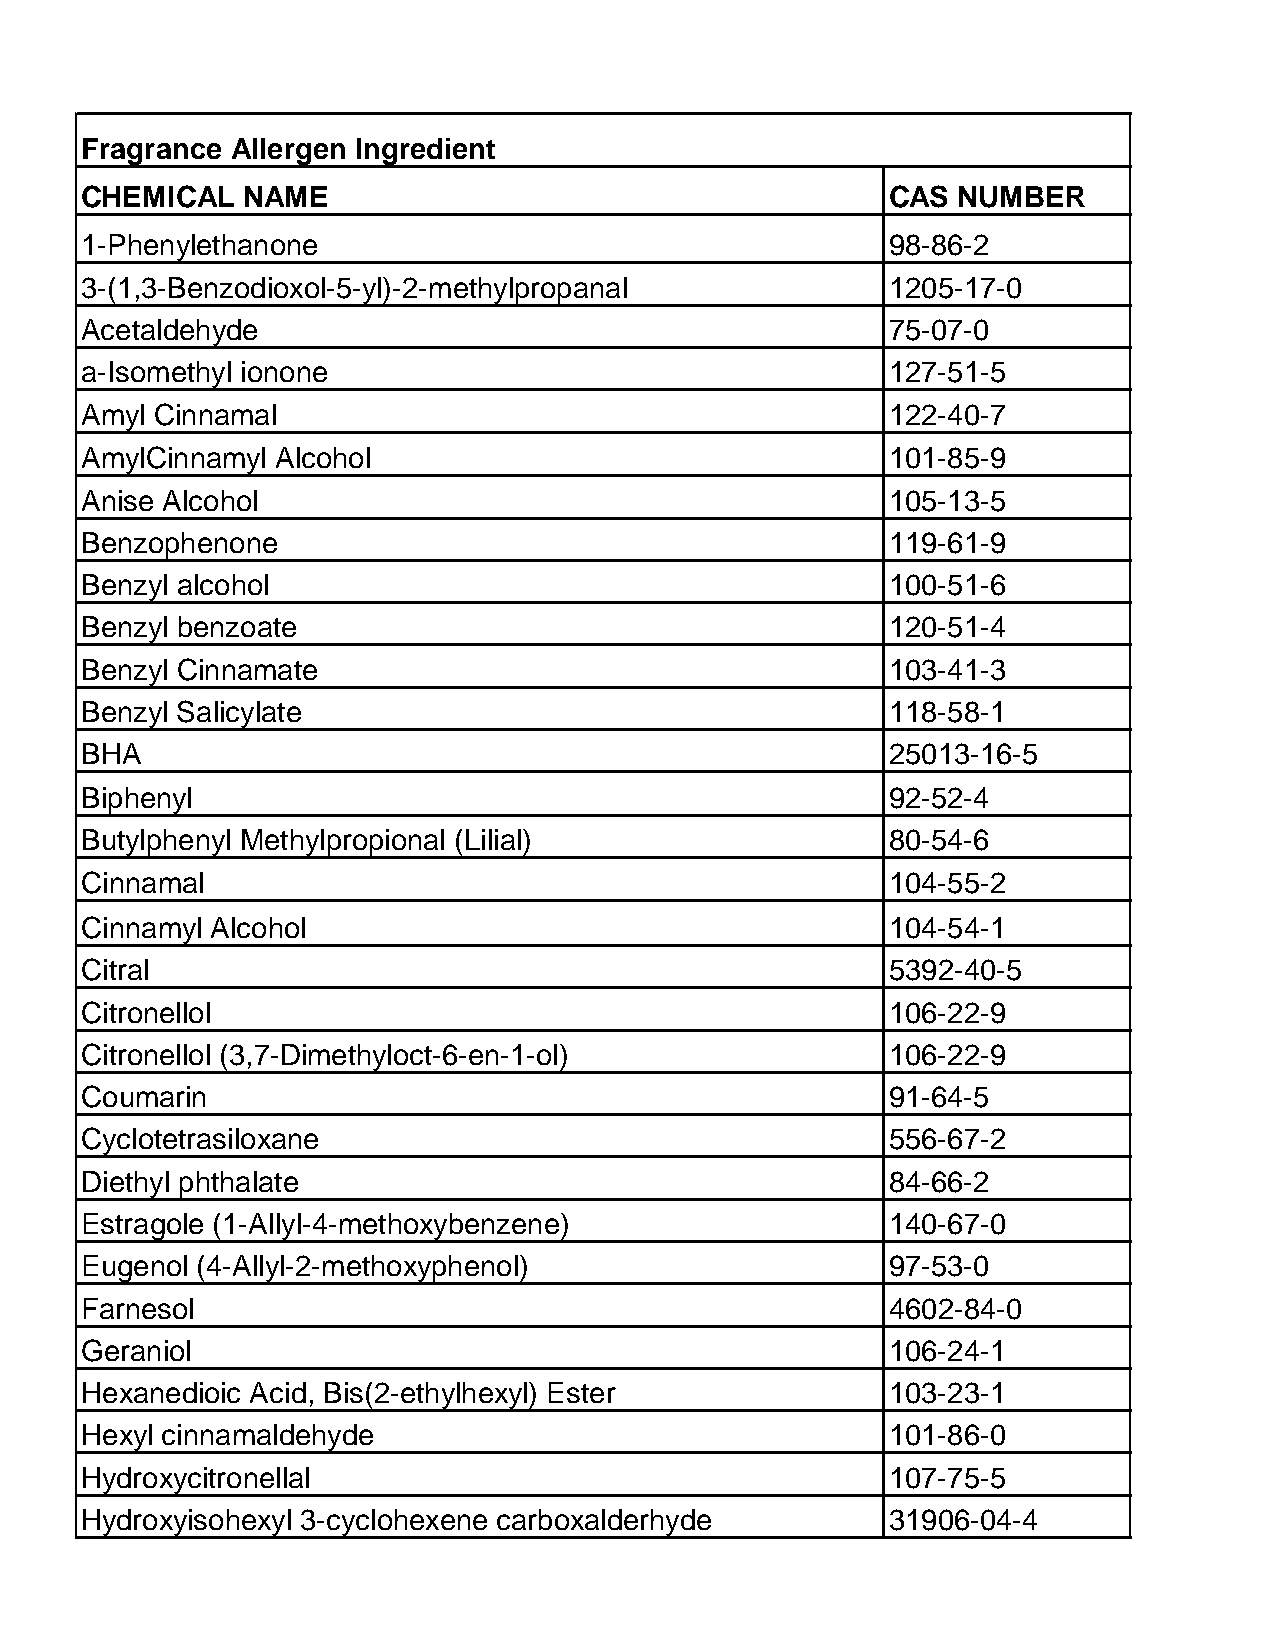
Fragrance Allergen Ingredient
 CHEMICAL   NAME                                       CAS NUMBER
 1-Phenylethanone                                      98-86-2
 3-(1,3-Benzodioxol-5-yl)-2-methylpropanal             1205-17-0
 Acetaldehyde                                          75-07-0
 a-Isomethyl ionone                                    127-51-5
 Amyl Cinnamal                                         122-40-7
 AmylCinnamyl Alcohol                                  101-85-9
 Anise Alcohol                                         105-13-5
 Benzophenone                                          119-61-9
 Benzyl alcohol                                        100-51-6
 Benzyl benzoate                                       120-51-4
 Benzyl Cinnamate                                      103-41-3
 Benzyl Salicylate                                     118-58-1
 BHA                                                   25013-16-5
 Biphenyl                                              92-52-4
 Butylphenyl Methylpropional (Lilial)                  80-54-6
 Cinnamal                                              104-55-2
 Cinnamyl Alcohol                                      104-54-1
 Citral                                                5392-40-5
 Citronellol                                           106-22-9
 Citronellol (3,7-Dimethyloct-6-en-1-ol)               106-22-9
 Coumarin                                              91-64-5
 Cyclotetrasiloxane                                    556-67-2
 Diethyl phthalate                                     84-66-2
 Estragole (1-Allyl-4-methoxybenzene)                  140-67-0
 Eugenol (4-Allyl-2-methoxyphenol)                     97-53-0
 Farnesol                                              4602-84-0
 Geraniol                                              106-24-1
 Hexanedioic Acid, Bis(2-ethylhexyl) Ester             103-23-1
 Hexyl cinnamaldehyde                                  101-86-0
 Hydroxycitronellal                                    107-75-5
 Hydroxyisohexyl 3-cyclohexene carboxalderhyde         31906-04-4